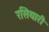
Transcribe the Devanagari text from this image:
रसियारी